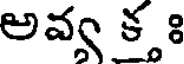
అవ్వ క్తః